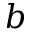
b